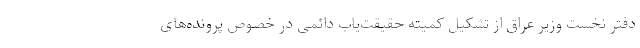
دفتر نخست وزیر عراق از تشکیل کمیته حقیقت‌یاب دائمی در خصوص پرونده‌های